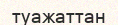
туажаттан